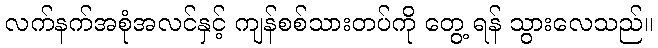
လက်နက်အစုံအလင်နှင့် ကျန်စစ်သားတပ်ကို တွေ့ ရန် သွားလေသည်။